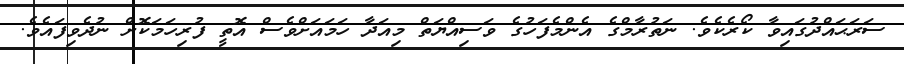
ސަރަޙައްދުގައިވާ ކޯރެކެވެ. ނަތުރާމްގެ އެންމެފަހުގެ ވަސިއްޔަތް މިއަދާ ހަމައަށްވެސް އޮތީ ފުރިހަމަކޮށް ނުދެވިފައެވެ.